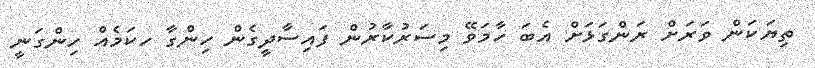
ތިޔަކަން ވަރަށް ރަންގަޅަށް އެބަ ހާމަވޭ މިސަރުކާރުން ފައިސާދީގެން ހިންގާ ހކަމެއް ހިންގަނީ